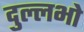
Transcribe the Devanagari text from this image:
दुल्लभो